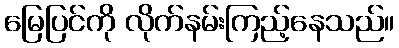
မြေပြင်ကို လိုက်နမ်းကြည့်နေသည်။